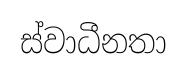
ස්වාධීනතා